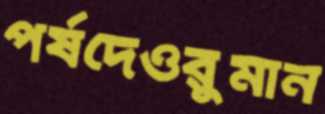
পর্ষদেওরুমান